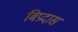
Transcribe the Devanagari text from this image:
बिप्रदास